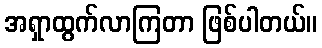
အရှာထွက်လာကြတာ ဖြစ်ပါတယ်။